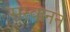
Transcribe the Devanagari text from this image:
सरवानन